Vaccination report Assam 1896-1927 - 1896-1927
Year: 1896
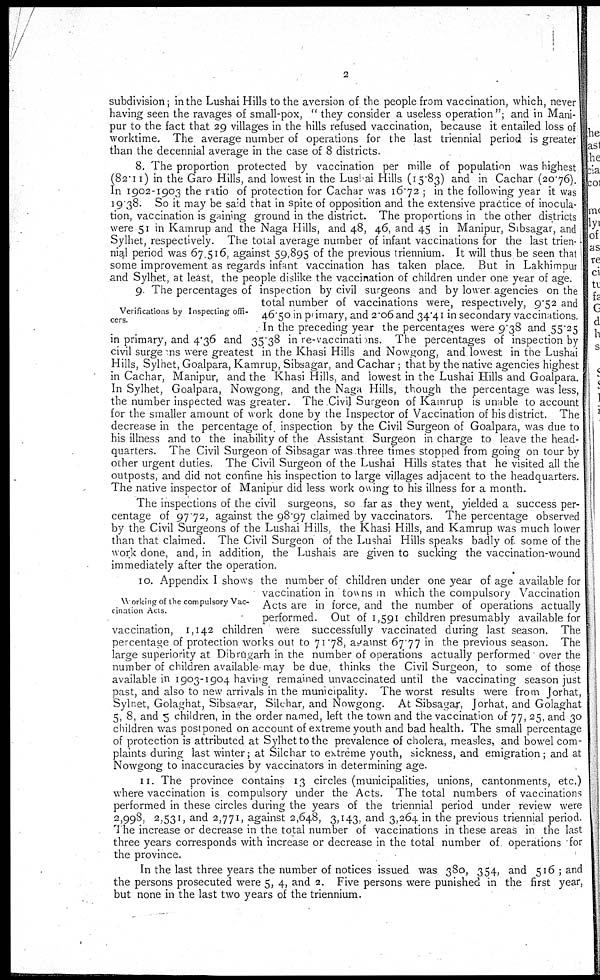
2
subdivision; in the Lushai Hills to the aversion of the people from vaccination, which, never
having seen the ravages of small-pox, " they consider a useless operation"; and in Mani-
pur to the fact that 29 villages in the hills refused vaccination, because it entailed loss of
worktime. The average number of operations for the last triennial period is greater
than the decennial average in the case of 8 districts.
8. The proportion protected by vaccination per mille of population was highest
(82.11) in the Garo Hills, and lowest in the Lushai Hills (15.83) and in Cachar (20.76).
In 1902-1903 the ratio of protection for Cachar was 16.72 ; in the following year it was
19 38. So it may be said that in spite of opposition and the extensive practice of inocula-
tion, vaccination is gaining ground in the district. The proportions in the other districts
were 51 in Kamrup and the Naga Hills, and 48, 46, and 45 in Manipur, Sibsagar, and
Sylhet, respectively. The total average number of infant vaccinations for the last trien-
nial period was 67,516, against 59,895 of the previous triennium. It will thus be seen that
some improvement as regards infant vaccination has taken place. But in Lakhimpur
and Sylhet, at least, the people dislike the vaccination of children under one year of age.
Verifications by Inspecting offi-
cers.
9. 1 The percentages of inspection by civil surgeons and by lower agencies on the
total number of vaccinations were, respectively, 9.52 and
46.50 in primary, and 2.06and 34.41 in secondary vaccinations.
In the preceding year the percentages were 9.38 and 55.25
in primary, and 4.36 and 35.38 in re-vaccinations. The percentages of inspection by
civil surgeons were greatest in the Khasi Hills and Nowgong, and lowest in the Lushai
Hills, Sylhet, Goalpara, Kamrup, Sibsagar, and Cachar ; that by the native agencies highest
in Cachar, Manipur, and the Khasi Hills, and lowest in the Lushai Hills and Goalpara.
In Sylhet, Goalpara, Nowgong, and the Naga Hills, though the percentage was less,
the number inspected was greater. The Civil Surgeon of Kamrup is unable to account
for the smaller amount of work done by the Inspector of Vaccination of his district. The
decrease in the percentage of inspection by the Civil Surgeon of Goalpara, was due to
his illness and to the inability of the Assistant Surgeon in charge to leave the head-
quarters. The Civil Surgeon of Sibsagar was three times stopped from going on tour by
other urgent duties. The Civil Surgeon of the Lushai Hills states that he visited all the
outposts, and did not confine his inspection to large villages adjacent to the headquarters.
The native inspector of Manipur did less work owing to his illness for a month.
The inspections of the civil surgeons, so far as they went, yielded a success per-
centage of 97.72, against the 98.97 claimed by vaccinators. The percentage observed
by the Civil Surgeons of the Lushai Hills, the Khasi Hills, and Kamrup was much lower
than that claimed. The Civil Surgeon of the Lushai Hills speaks badly of. some of the
work done, and, in addition, the Lushais are given to sucking the vaccination-wound
immediately after the operation.
Working of the compulsory Vac-
cination Acts.
10. Appendix I shows the number of children under one year of age available for
vaccination in towns in which the compulsory Vaccination
Acts are in force, and the number of operations actually
performed. Out of 1,591 children presumably available for
vaccination, 1,142 children were successfully vaccinated during last season. The
percentage of protection works out to 71.78, against 67.77 in the previous season. The
large superiority at Dibrugarh in the number of operations actually performed over the
number of children available may be due, thinks the Civil Surgeon, to some of those
available in 1903-1904 having remained unvaccinated until the vaccinating season just
past, and also to new arrivals in the municipality. The worst results were from Jorhat,
Sylhet, Golaghat, Sibsagar, Silchar, and Nowgong. At Sibsagar, Jorhat, and Golaghat
5, 8, and 5 children, in the order named, left the town and the vaccination of 77, 25, and 30
children was postponed on account of extreme youth and bad health. The small percentage
of protection is attributed at Sylhet to the prevalence of cholera, measles, and bowel com-
plaints during last winter; at Silchar to extreme youth, sickness, and emigration; and at
Nowgong to inaccuracies by vaccinators in determining age.
11. The province contains 13 circles (municipalities, unions, cantonments, etc.)
where vaccination is compulsory under the Acts. The total numbers of vaccinations
performed in these circles during the years of the triennial period under review were
2,998, 2,531, and 2,771, against 2,648, 3,143, and 3,264 in the previous triennial period.
The increase or decrease in the total number of vaccinations in these areas in the last
three years corresponds with increase or decrease in the total number of operations for
the province.
In the last three years the number of notices issued was 380, 354, and 516 ; and
the persons prosecuted were 5, 4, and 2. Five persons were punished in the first year,
but none in the last two years of the triennium.